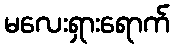
မလေးရှားရောက်